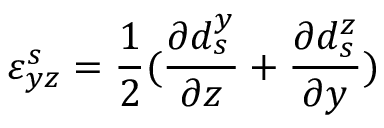
\varepsilon _ { y z } ^ { s } = \frac { 1 } { 2 } ( \frac { \partial d _ { s } ^ { y } } { \partial z } + \frac { \partial d _ { s } ^ { z } } { \partial y } )